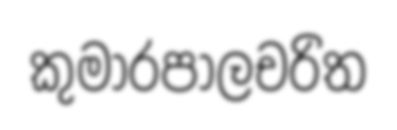
කුමාරපාලචරිත